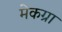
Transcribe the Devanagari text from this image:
मेकग्रा